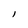
Character: I